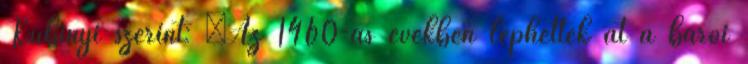
Kubinyi szerint: „Az 1460-as években léphettek át a bárói